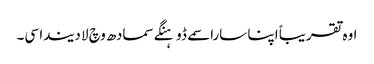
اوہ تقریباً اپنا سارا سمے ڈوہنگے سمادھ وچ لا دیندا سی۔